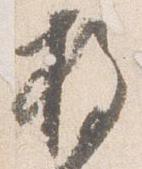
枚